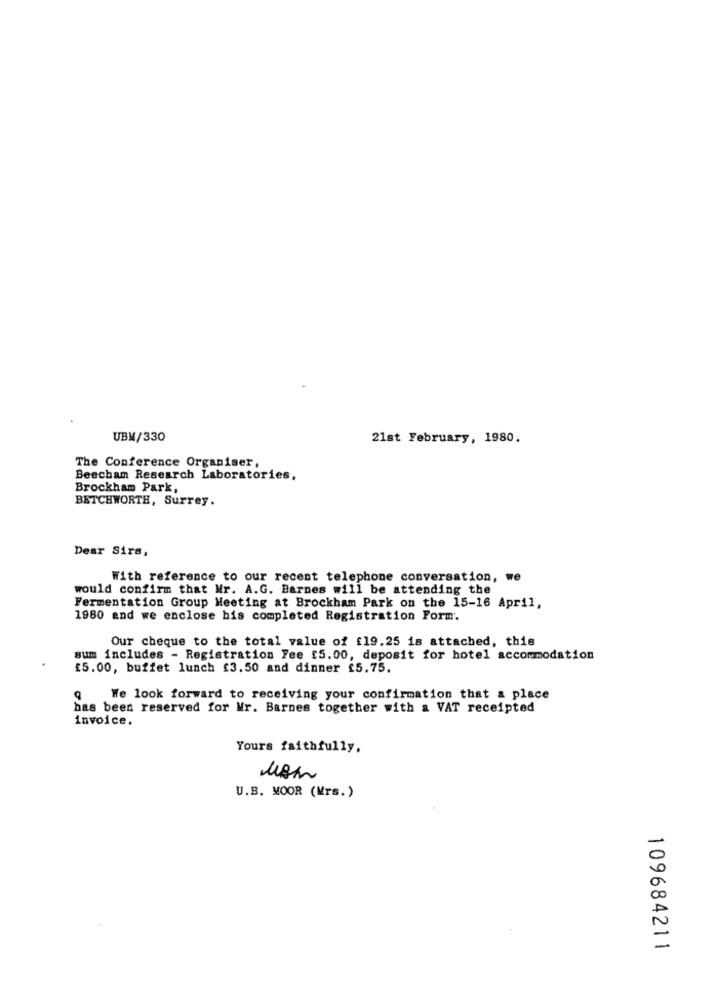
UBM/330
21st February, 1980.
The Conference Organiser,
Beecham Research Laboratories,
Brockham Park,
BETCHWORTH, Surrey.
Dear Sirs,
With reference to our recent telephone conversation, we
would confirm that Mr. A.G. Barnes will be attending the
Fermentation Group Meeting at Brockham Park on the 15-16 April,
1980 and we enclose his completed Registration Form.
Our cheque to the total value of $19.25 is attached, this
sum includes - Registration Fee £5.00, deposit for hotel accommodation
£5.00, buffet lunch £3.50 and dinner £5.75.
q
We look forward to receiving your confirmation that & place
has been reserved for Mr. Barnes together with a VAT receipted
invoice.
Yours faithfully.
U.B. MOOR (Mrs.)
109684211